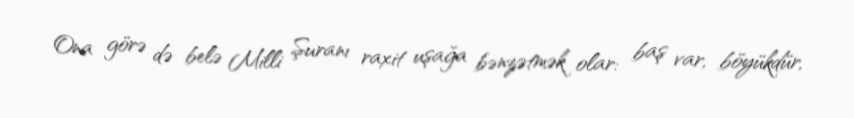
Ona görə də belə Milli Şuranı raxit uşağa bənzətmək olar: baş var, böyükdür,